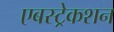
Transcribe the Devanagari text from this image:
एबस्ट्रेकशन